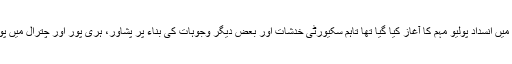
اس سے پہلے گزشتہ پیر کو ملک بھر میں انسدادِ پولیو مہم کا آغاز کیا گیا تھا تاہم سکیورٹی خدشات اور بعض دیگر وجوہات کی بناء پر پشاور، ہری پور اور چترال میں پولیو کے قطرے نہیں پلائے گئے تھے۔